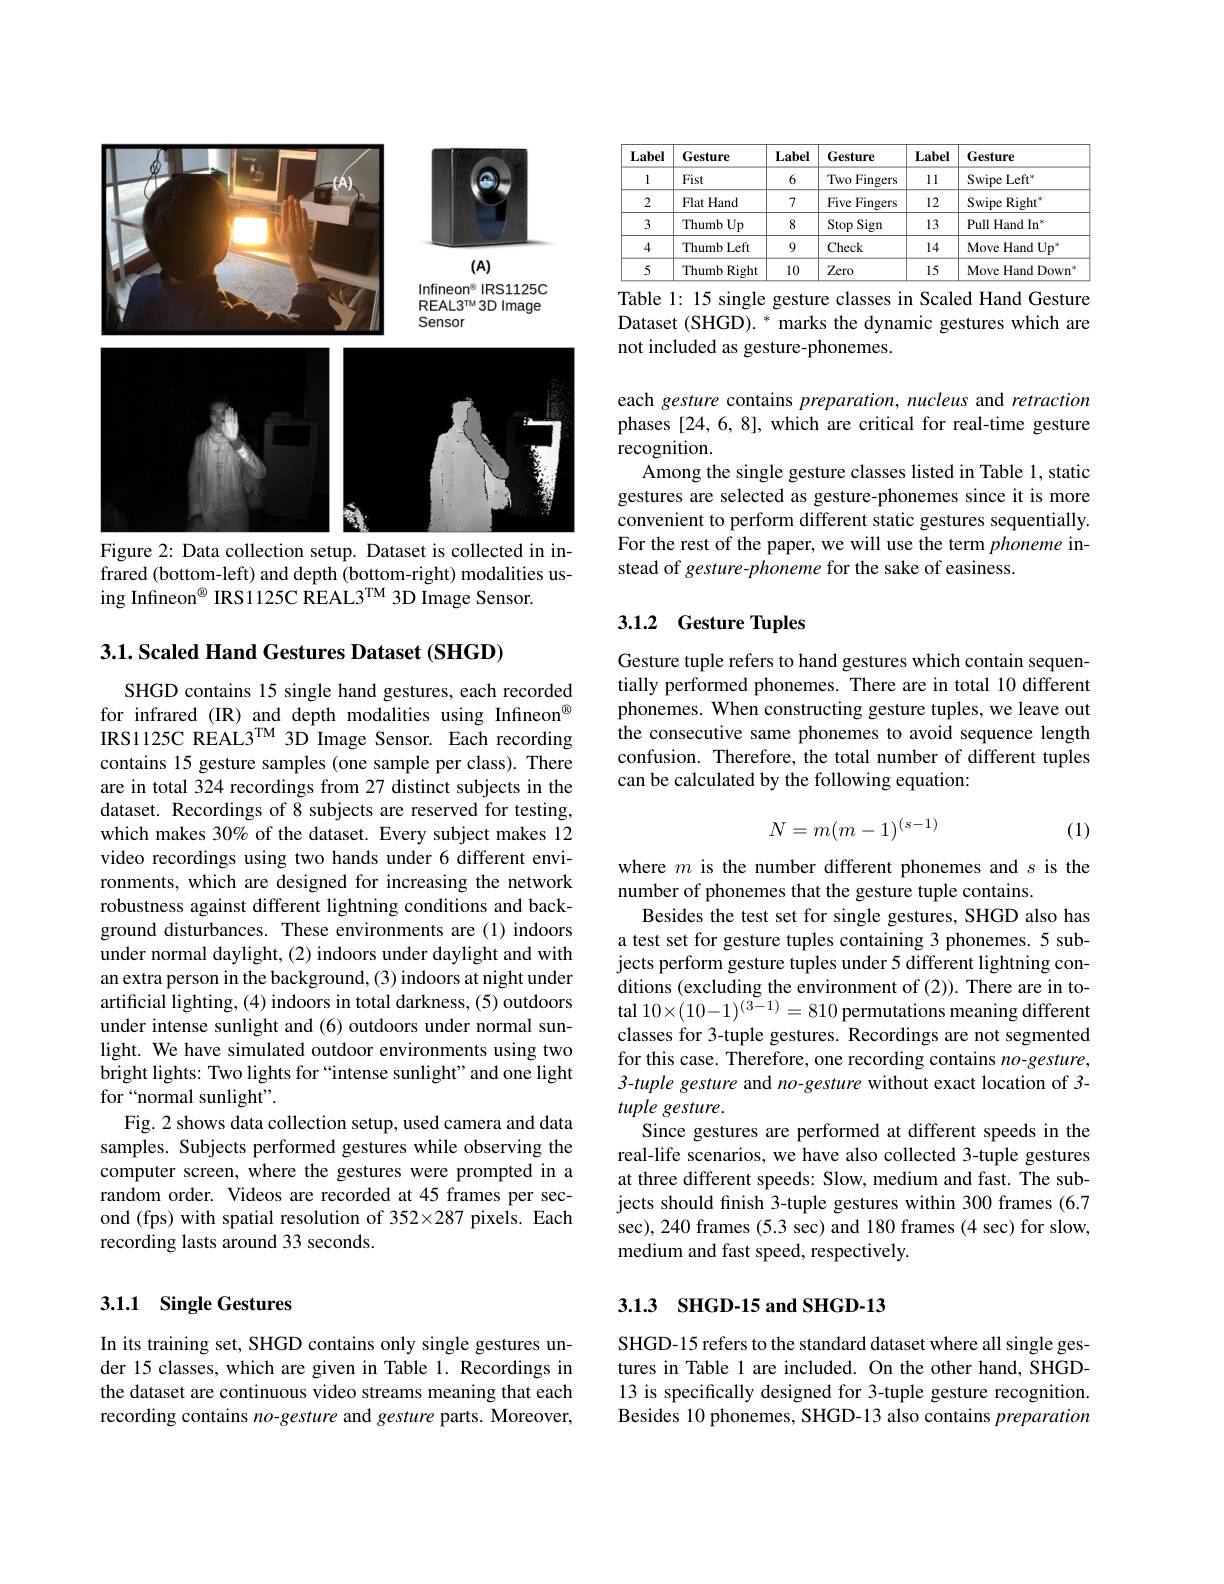
<FigureHere>

Figure 2: Data collection setup. Dataset is collected in in-

frared (bottom-left) and depth (bottom-right) modalities us-
ing Infineon$^{\textcircled{6}}$ IRS1125C REAL3$^\mathrm{TM}$ 3D Image Sensor.

3.1. Scaled Hand Gestures Dataset (SHGD)

SHGD contains 15 single hand gestures, each recorded for infrared (IR) and depth modalities using Infineon$^{\textcircled{\mathrm{o}}}$ IRS1125C REAL3$^\mathrm{TM}3$D Image Sensor. Each recording contains 15 gesture samples (one sample per class). There are in total 324 recordings from 27 distinct subjects in the dataset. Recordings of 8 subjects are reserved for testing, which makes 30% of the dataset. Every subject makes 12 video recordings using two hands under 6 different environments, which are designed for increasing the network robustness against different lightning conditions and background disturbances. These environments are (1) indoors under normal daylight, (2) indoors under daylight and with an extra person in the background, (3) indoors at night under artificial lighting, (4) indoors in total darkness, (5) outdoors under intense sunlight and (6) outdoors under normal sunlight. We have simulated outdoor environments using two bright lights: Two lights for “intense sunlight”and one light for“normal sunlight”.
Fig. 2 shows data collection setup, used camera and data samples. Subjects performed gestures while observing the computer screen, where the gestures were prompted in a random order. Videos are recorded at 45 frames per second (fps) with spatial resolution of 352×287 pixels. Each recording lasts around 33 seconds.

## 3.1.1 Single Gestures

In its training set, SHGD contains only single gestures under 15 classes, which are given in Table 1. Recordings in the dataset are continuous video streams meaning that each recording contains no-gesture and gesture parts. Moreover,

<table>
	<tbody>
		<tr>
			<th>Label</th>
			<th>Gesture</th>
			<th>Label</th>
			<th>Gesture</th>
			<th>Label</th>
			<th>Gesture</th>
		</tr>
		<tr>
			<td>1</td>
			<td>Fist</td>
			<td>6</td>
			<td>Two Fingers</td>
			<td>11</td>
			<td>$\mathrm{SwipeLeft}^{*}$</td>
		</tr>
		<tr>
			<td>2</td>
			<td>Flat Hand</td>
			<td>7</td>
			<td>Five Fingers</td>
			<td>12</td>
			<td>Swipe e Right</td>
		</tr>
		<tr>
			<td>3</td>
			<td>Thumb Up</td>
			<td>8</td>
			<td>Stop Sign </td>
			<td>13</td>
			<td>$\mathrm{Pull~Hand~In}^{*}$</td>
		</tr>
		<tr>
			<td>4</td>
			<td>Thumb Left</td>
			<td>9</td>
			<td>Check</td>
			<td>14</td>
			<td>Move Hand Up</td>
		</tr>
		<tr>
			<td>5</td>
			<td>Thumb Right</td>
			<td>10</td>
			<td>Zero</td>
			<td>15</td>
			<td>Move Hand Down</td>
		</tr>
	</tbody>
</table>
Table 1: 15 single gesture classes in Scaled Hand Gesture

Dataset (SHGD). * marks the dynamic gestures which are
not included as gesture-phonemes.

each gesture contains preparation, nucleus and retraction phases [24, 6, 8], which are critical for real-time gesture recognition.
Among the single gesture classes listed in Table 1, static gestures are selected as gesture-phonemes since it is more convenient to perform different static gestures sequentially. For the rest of the paper, we will use the term phoneme instead of gesture-phoneme for the sake of easiness.

### 3.1.2 Gesture Tuples

Gesture tuple refers to hand gestures which contain sequen- $\hat{\text{tially performed phonemes. There are in total 10 different}}$ phonemes. When constructing gesture tuples, we leave out the consecutive same phonemes to avoid sequence length confusion. Therefore, the total number of different tuples can be calculated by the following equation:
$$N=m(m-1)^{(s-1)}$$
(1)

where $m$ is the number different phonemes and $s$ is the
number of phonemes that the gesture tuple contains.
Besides the test set for single gestures, SHGD also has a test set for gesture tuples containing 3 phonemes. 5 subjects perform gesture tuples under 5 different lightning conditions (excluding the environment of (2)). There are in total $10\times(10-1)^{(3-1)}=810$ permutations meaning different classes for 3-tuple gestures. Recordings are not segmented for this case. Therefore, one recording contains $no$-gesture, 3-tuple gesture and no-gesture without exact location of 3- tuple gesture.
Since gestures are performed at different speeds in the real-life scenarios, we have also collected 3-tuple gestures at three different speeds: Slow, medium and fast. The subjects should finish 3-tuple gestures within 300 frames (6.7 sec), 240 frames (5.3 sec) and 180 frames (4 sec) for slow, medium and fast speed, respectively.

## 3.13 SHGD-15 and SHGD-13

SHGD-15 refers to the standard dataset where all single gestures in Table 1 are included. On the other hand, SHGD- 13 is specifically designed for 3-tuple gesture recognition. Besides 10 phonemes, SHGD-13 also contains preparation